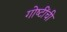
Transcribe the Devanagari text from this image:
गोष्‍टींची